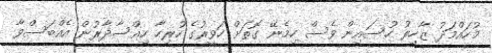
މުހައްމަދު ޒާހިރު ހުސައިން ވެސް ހިމެނޭ ގޮތަށް ހަވީރުގެ ހުރިހާ ހިއްސާދާރުން އެއްބަސްވާ